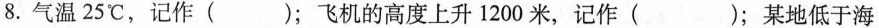
8.气温25℃，记作( )；飞机的高度上升1200米，记作( )；某地低于海